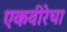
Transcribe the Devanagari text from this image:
एकवीरेचा